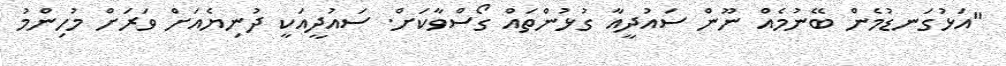
"އަޅުގަނޑުމެން ބޭނުމެއް ނޫން ސައުދީއާ ގުޅުންތައް ގޯސްވާކަށް. ސައުދީއަކީ ދުނިޔެއަށް ވަރަށް މުހިންމު